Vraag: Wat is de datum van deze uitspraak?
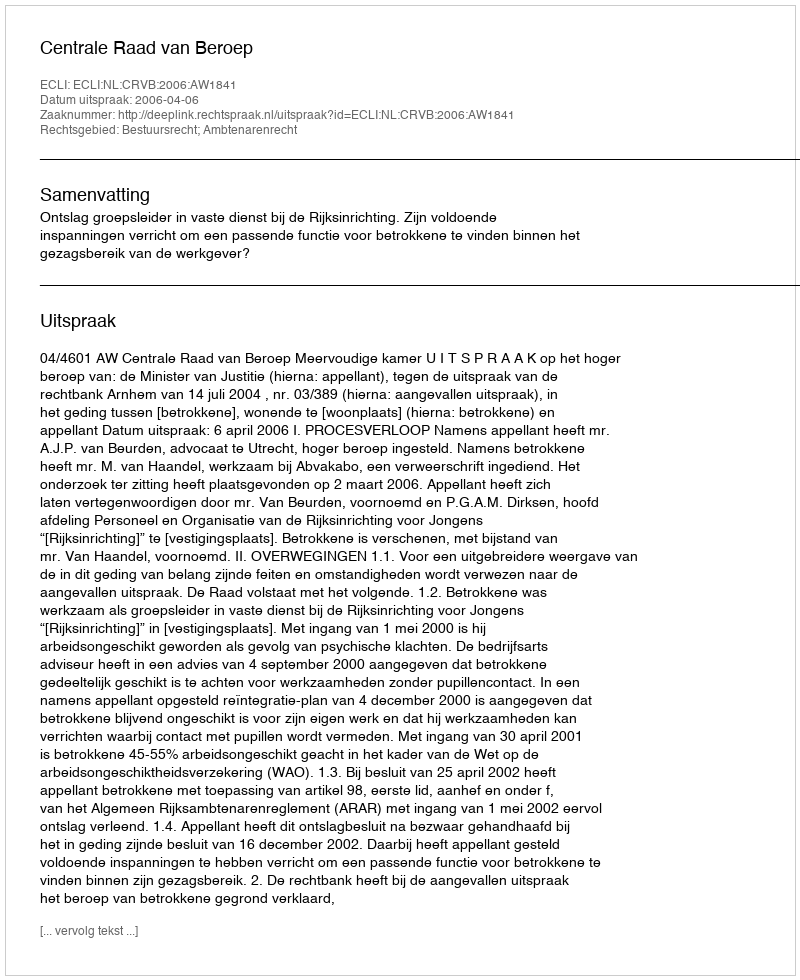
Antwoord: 2006-04-06